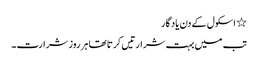
٭ اسکول کے دن یاد گار
تب میں بہت شرارتیں کرتا تھا ہر روز شرارت ۔